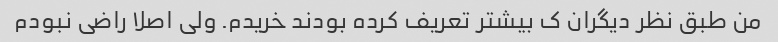
من طبق نظر دیگران ک بیشتر تعریف کرده بودند خریدم. ولی اصلا راضی نبودم